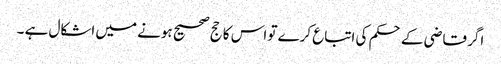
اگر قاضی کے حکم کی اتباع کرے تو اس کا حج صحیح ہونے میں اشکال ہے ۔